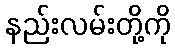
နည်းလမ်းတို့ကို